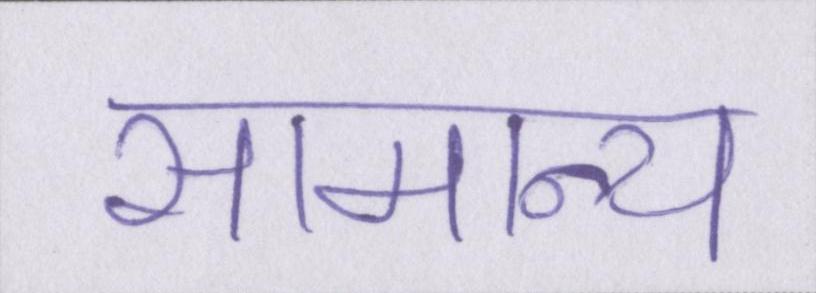
सामान्य